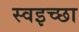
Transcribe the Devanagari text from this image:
स्वइच्छा